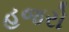
હજરો